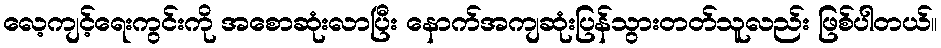
လေ့ကျင့်ရေးကွင်းကို အစောဆုံးလာပြီး နောက်အကျဆုံးပြန်သွားတတ်သူလည်း ဖြစ်ပါတယ်။